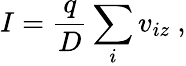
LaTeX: I=\frac{q}{D}\sum_{i}v_{iz}\ ,